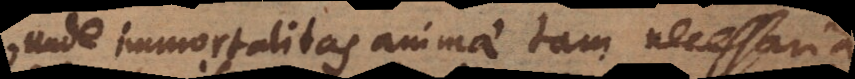
unde immortalitas animae tam necessaria